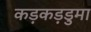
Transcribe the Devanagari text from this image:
कड़कड़डुमा